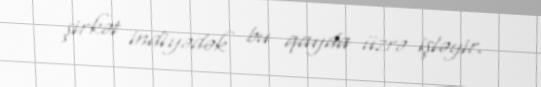
şirkət indiyədək bu qayda üzrə işləyir.